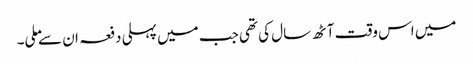
میں اس وقت آٹھ سال کی تھی جب میں پہلی دفعہ ان سے ملی۔